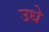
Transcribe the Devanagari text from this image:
उधे